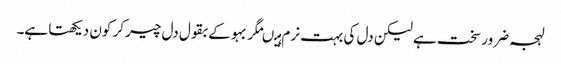
لہجہ ضرور سخت ہے لیکن دل کی بہت نرم ہیںمگر بہو کے بقول دل چیر کر کون دیکھتا ہے۔